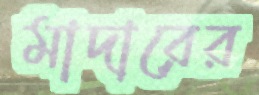
মাদারের